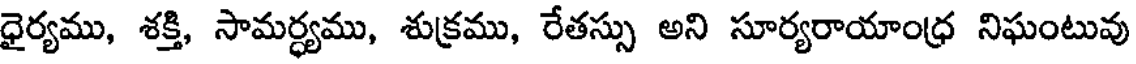
ధైర్యము, శక్తి, సామర్ధ్యము, శుక్రము, రేతస్సు అని సూర్యరాయాంధ్ర నిఘంటువు